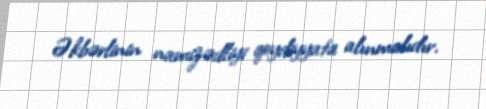
Əkbərlinin namizədliyi qeydiyyata alınmalıdır.